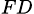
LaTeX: _{FD}